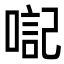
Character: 𪡴